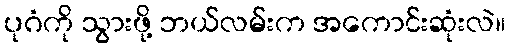
ပုဂံကို သွားဖို့ ဘယ်လမ်းက အကောင်းဆုံးလဲ။